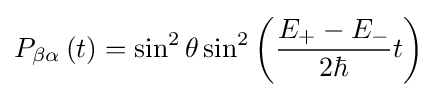
P_{\beta \alpha }\left(t\right)=\sin ^{2}\theta \sin ^{2}\left({\frac {E_{+}-E_{-}}{2\hbar }}t\right)